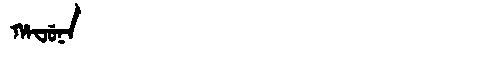
Manchu: ᡥᠠᠸᡠᠨᠠ
Romanization: HAFUNA